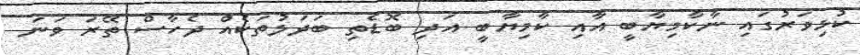
ކުޅިވަރުގައި ނާކާމިޔާބީ އާއި ކާމިޔާބީ އަދި ބޮޑެތި ބަދަލުތަކެއް ދެހާސް ތޭރަ ވަނަ